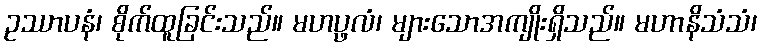
ဥဿာပနံ၊ စိုက်ထူခြင်းသည်။ မဟပ္ဖလံ၊ များသောအကျိုးရှိသည်။ မဟာနိသံသံ၊